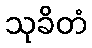
သုခိတံ